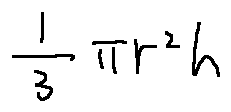
\frac { 1 } { 3 } \pi r ^ { 2 } h